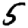
Digit: 5